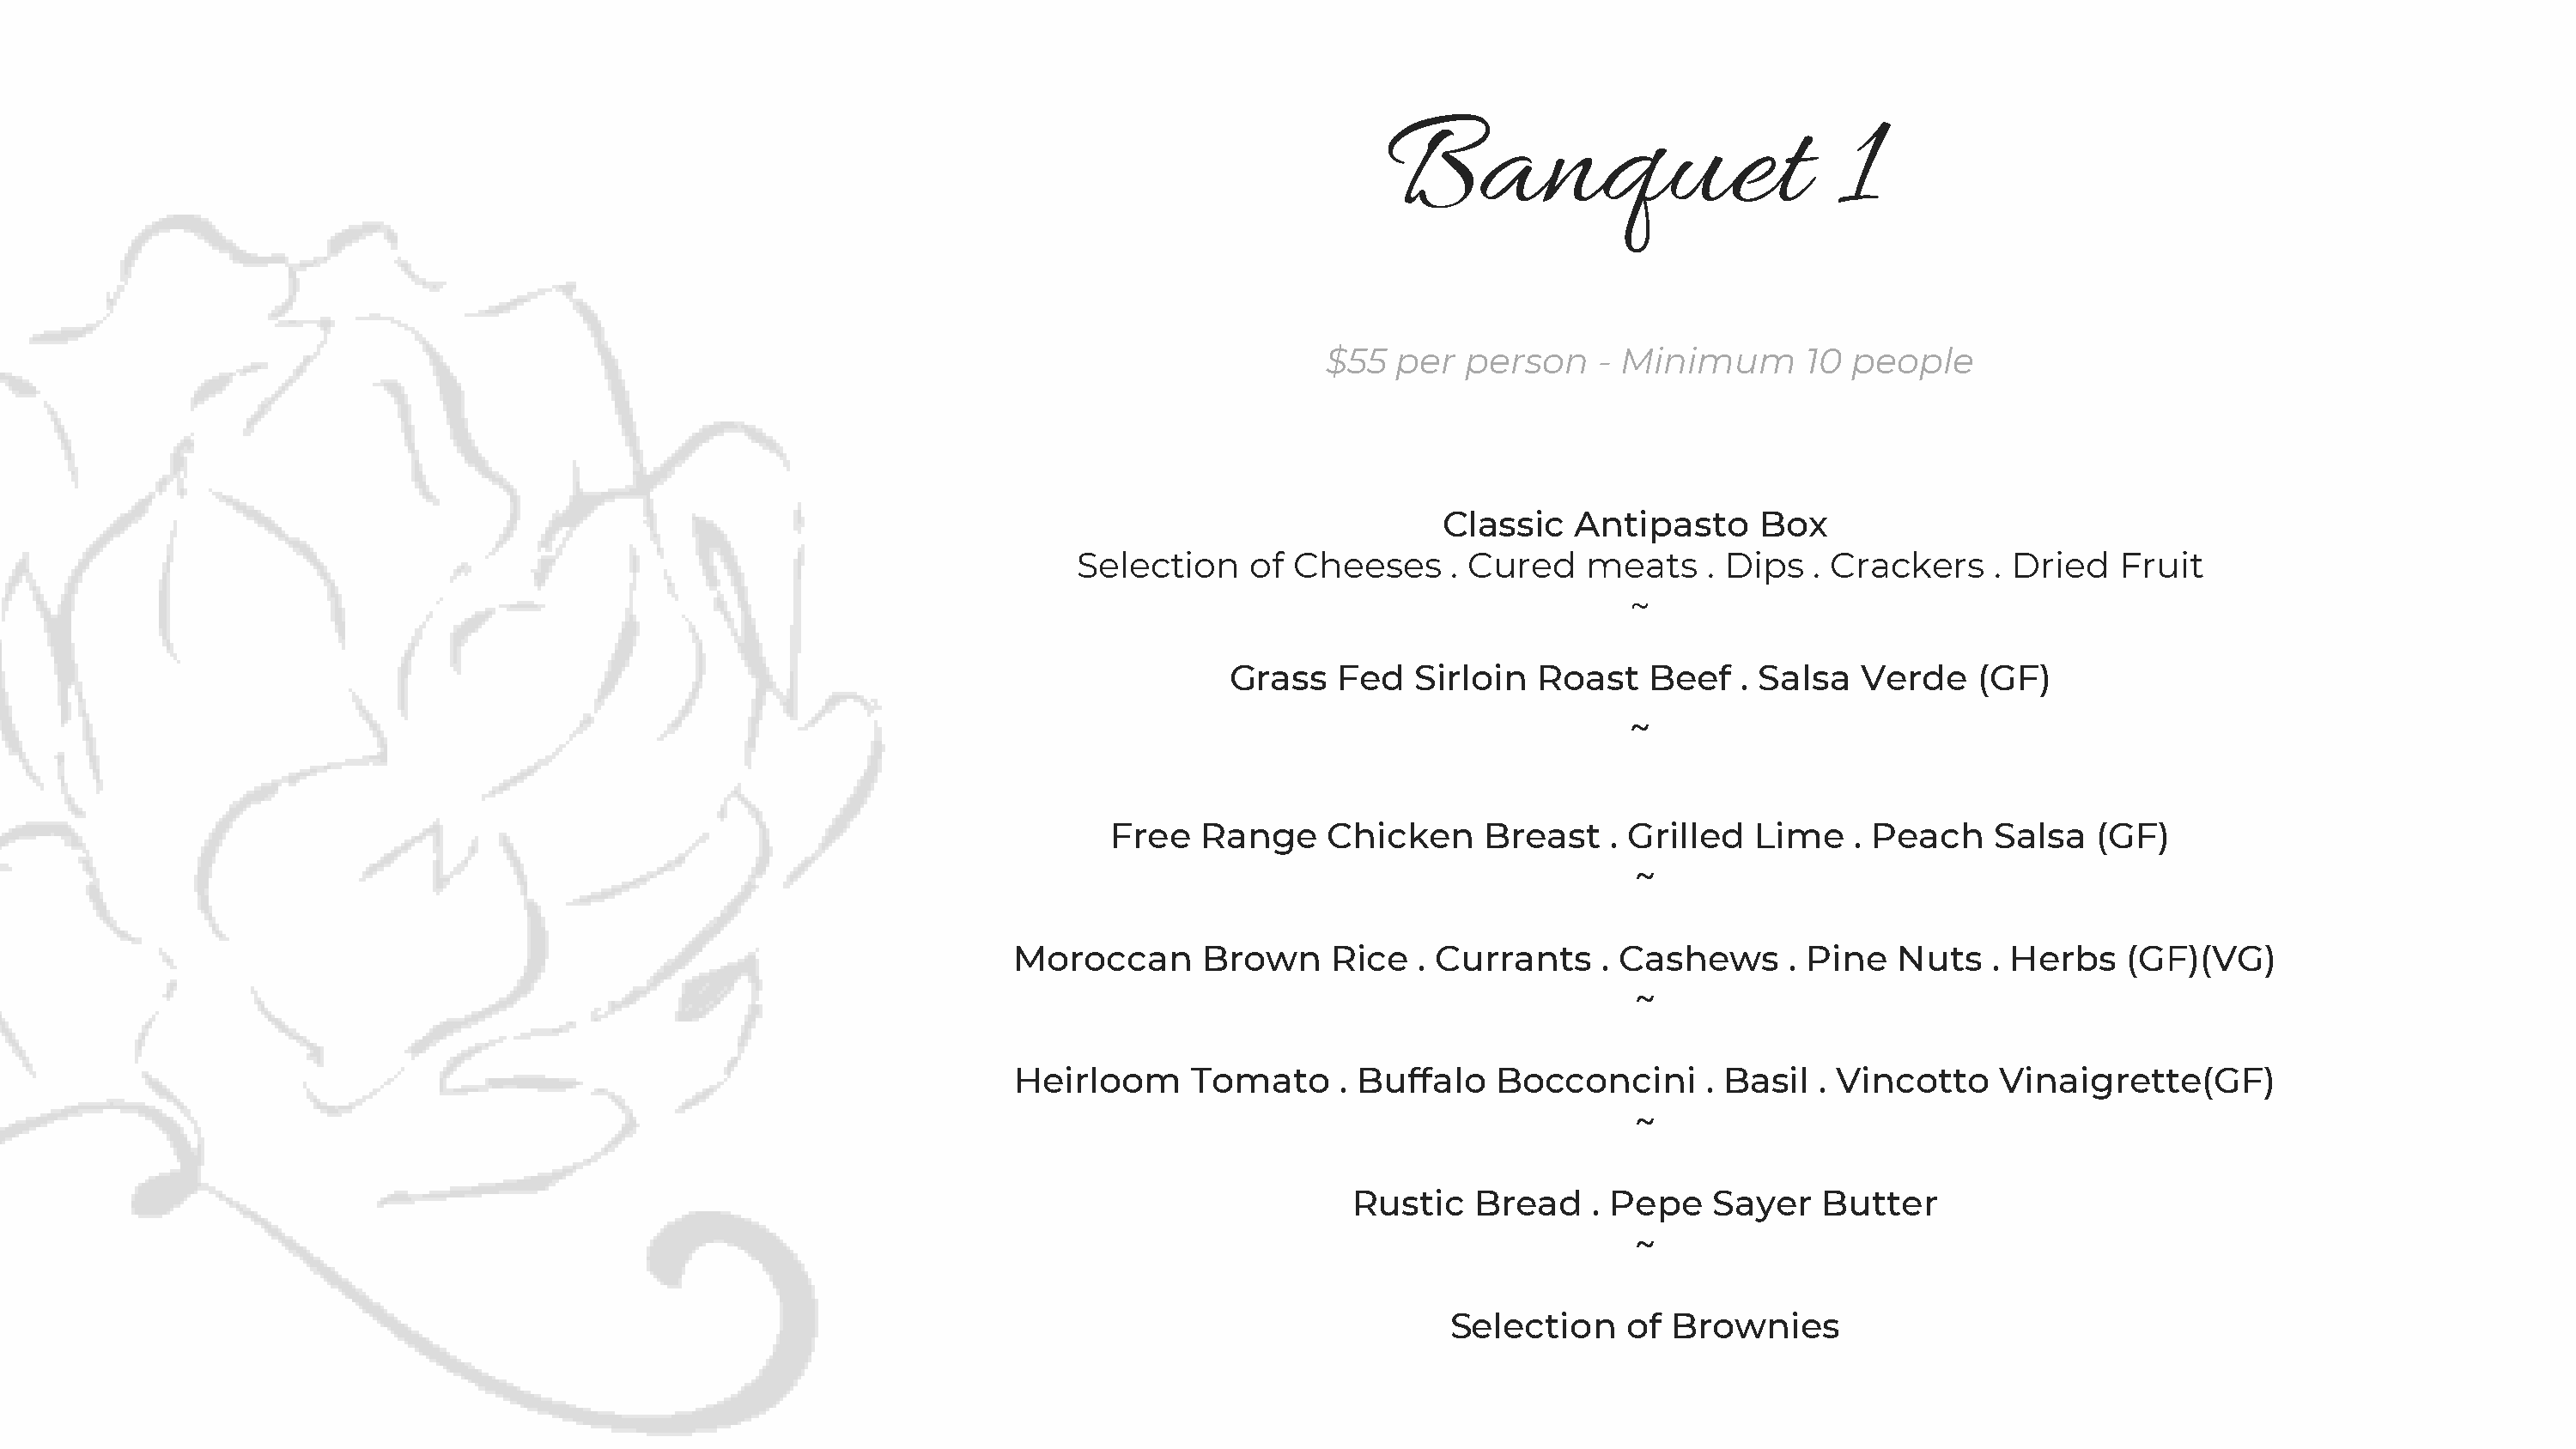
Banquet                            1
 $55   per  person    - Minimum       10  people
 Classic   Antipasto      Box
 Selection    of  Cheeses     . Cured   meats     . Dips  . Crackers    . Dried  Fruit
 ~
 Grass   Fed   Sirloin   Roast   Beef   . Salsa  Verde    (GF)
 ~
 Free   Range    Chicken     Breast    . Grilled  Lime    . Peach    Salsa   (GF)
 ~
 Moroccan       Brown     Rice  . Currants     . Cashews     . Pine  Nuts    . Herbs   (GF)(VG)
 ~
 Heirloom      Tomato     . Buffalo   Bocconcini       . Basil . Vincotto    Vinaigrette(GF)
 ~
 Rustic    Bread    . Pepe   Sayer   Butter
 ~
 Selection    of  Brownies